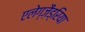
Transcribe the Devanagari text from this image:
एलेग्ज़ैंड्रिया